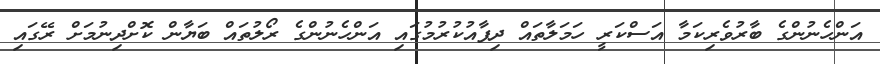
އަންހެނުންގެ ބާރުވެރިކަމާ އަސްކަރީ ހަމަލާތައް ދިފާއުކުރުމުގައި އަންހެނުންގެ ރޯލުތައް ބަޔާން ކޮށްދިނުމަށް ރޭގައި